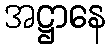
အဋ္ဌာနေ